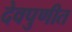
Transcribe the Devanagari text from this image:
देवपुणीत